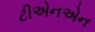
ટીએનએન